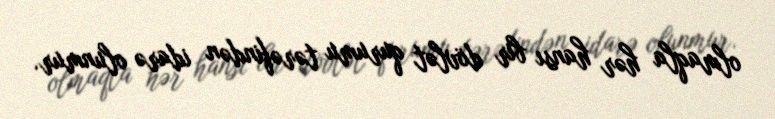
olmaqla hər hansı bir dövlət qurumu tərəfindən idarə olunmur.